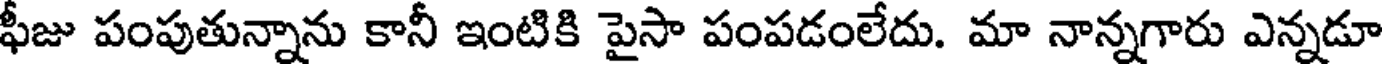
ఫీజు పంపుతున్నాను కానీ ఇంటికి పైసా పంపడంలేదు. మా నాన్నగారు ఎన్నడూ